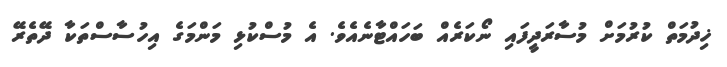
ޚިދުމަތް ކުރުމަށް މުސާރަދީފައި ނޯކަރެއް ބަހައްޓާނެއެވެ. އެ މުސްކުޅި މަންމަގެ އިހުސާސްތަކާ ދޭތެރޭ